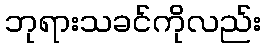
ဘုရားသခင်ကိုလည်း